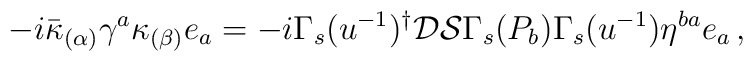
-i\bar{\kappa}_{(\alpha)}\gamma^{a}\kappa_{(\beta)}e_{a} = -i\Gamma_{s}(u^{-1})^{\dagger}\mathcal{D}\mathcal{S}\Gamma_{s}(P_{b})\Gamma_{s}(u^{-1})\eta^{ba}e_{a}\, ,